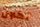
تكون